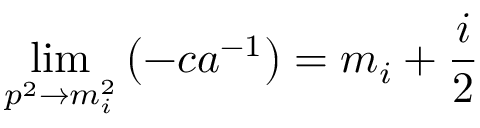
\operatorname * { l i m } _ { p ^ { 2 } \rightarrow m _ { i } ^ { 2 } } \left( - c a ^ { - 1 } \right) = m _ { i } + \frac { i } { 2 }